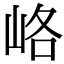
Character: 峈